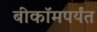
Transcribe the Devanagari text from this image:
बीकॉमपर्यंत